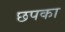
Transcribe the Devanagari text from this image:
छपका